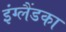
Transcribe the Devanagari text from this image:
इंग्लैंडका